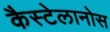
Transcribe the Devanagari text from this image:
कैस्टेलानोस